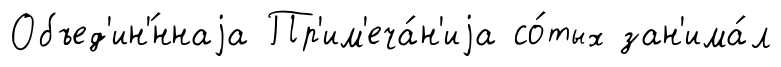
Объед'ин'́ннаjа Пр'им'еча́н'иjа со́тых зан'има́л